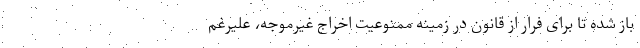
باز شده تا برای فرار از قانون در زمینه ممنوعیت اخراج غیرموجه، علیرغم